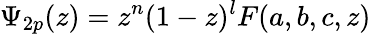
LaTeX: \Psi_{2p}(z)=z^{n}(1-z)^{l}F(a,b,c,z)